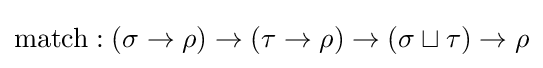
\mathrm {match} :(\sigma \to \rho )\to (\tau \to \rho )\to (\sigma \sqcup \tau )\to \rho